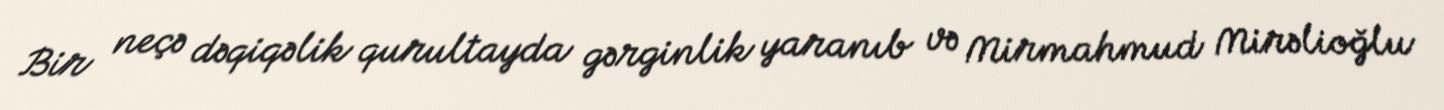
Bir neçə dəqiqəlik qurultayda gərginlik yaranıb və Mirmahmud Mirəlioğlu